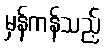
မှန်ကန်သည့်